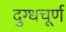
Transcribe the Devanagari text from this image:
दुग्धचूर्ण